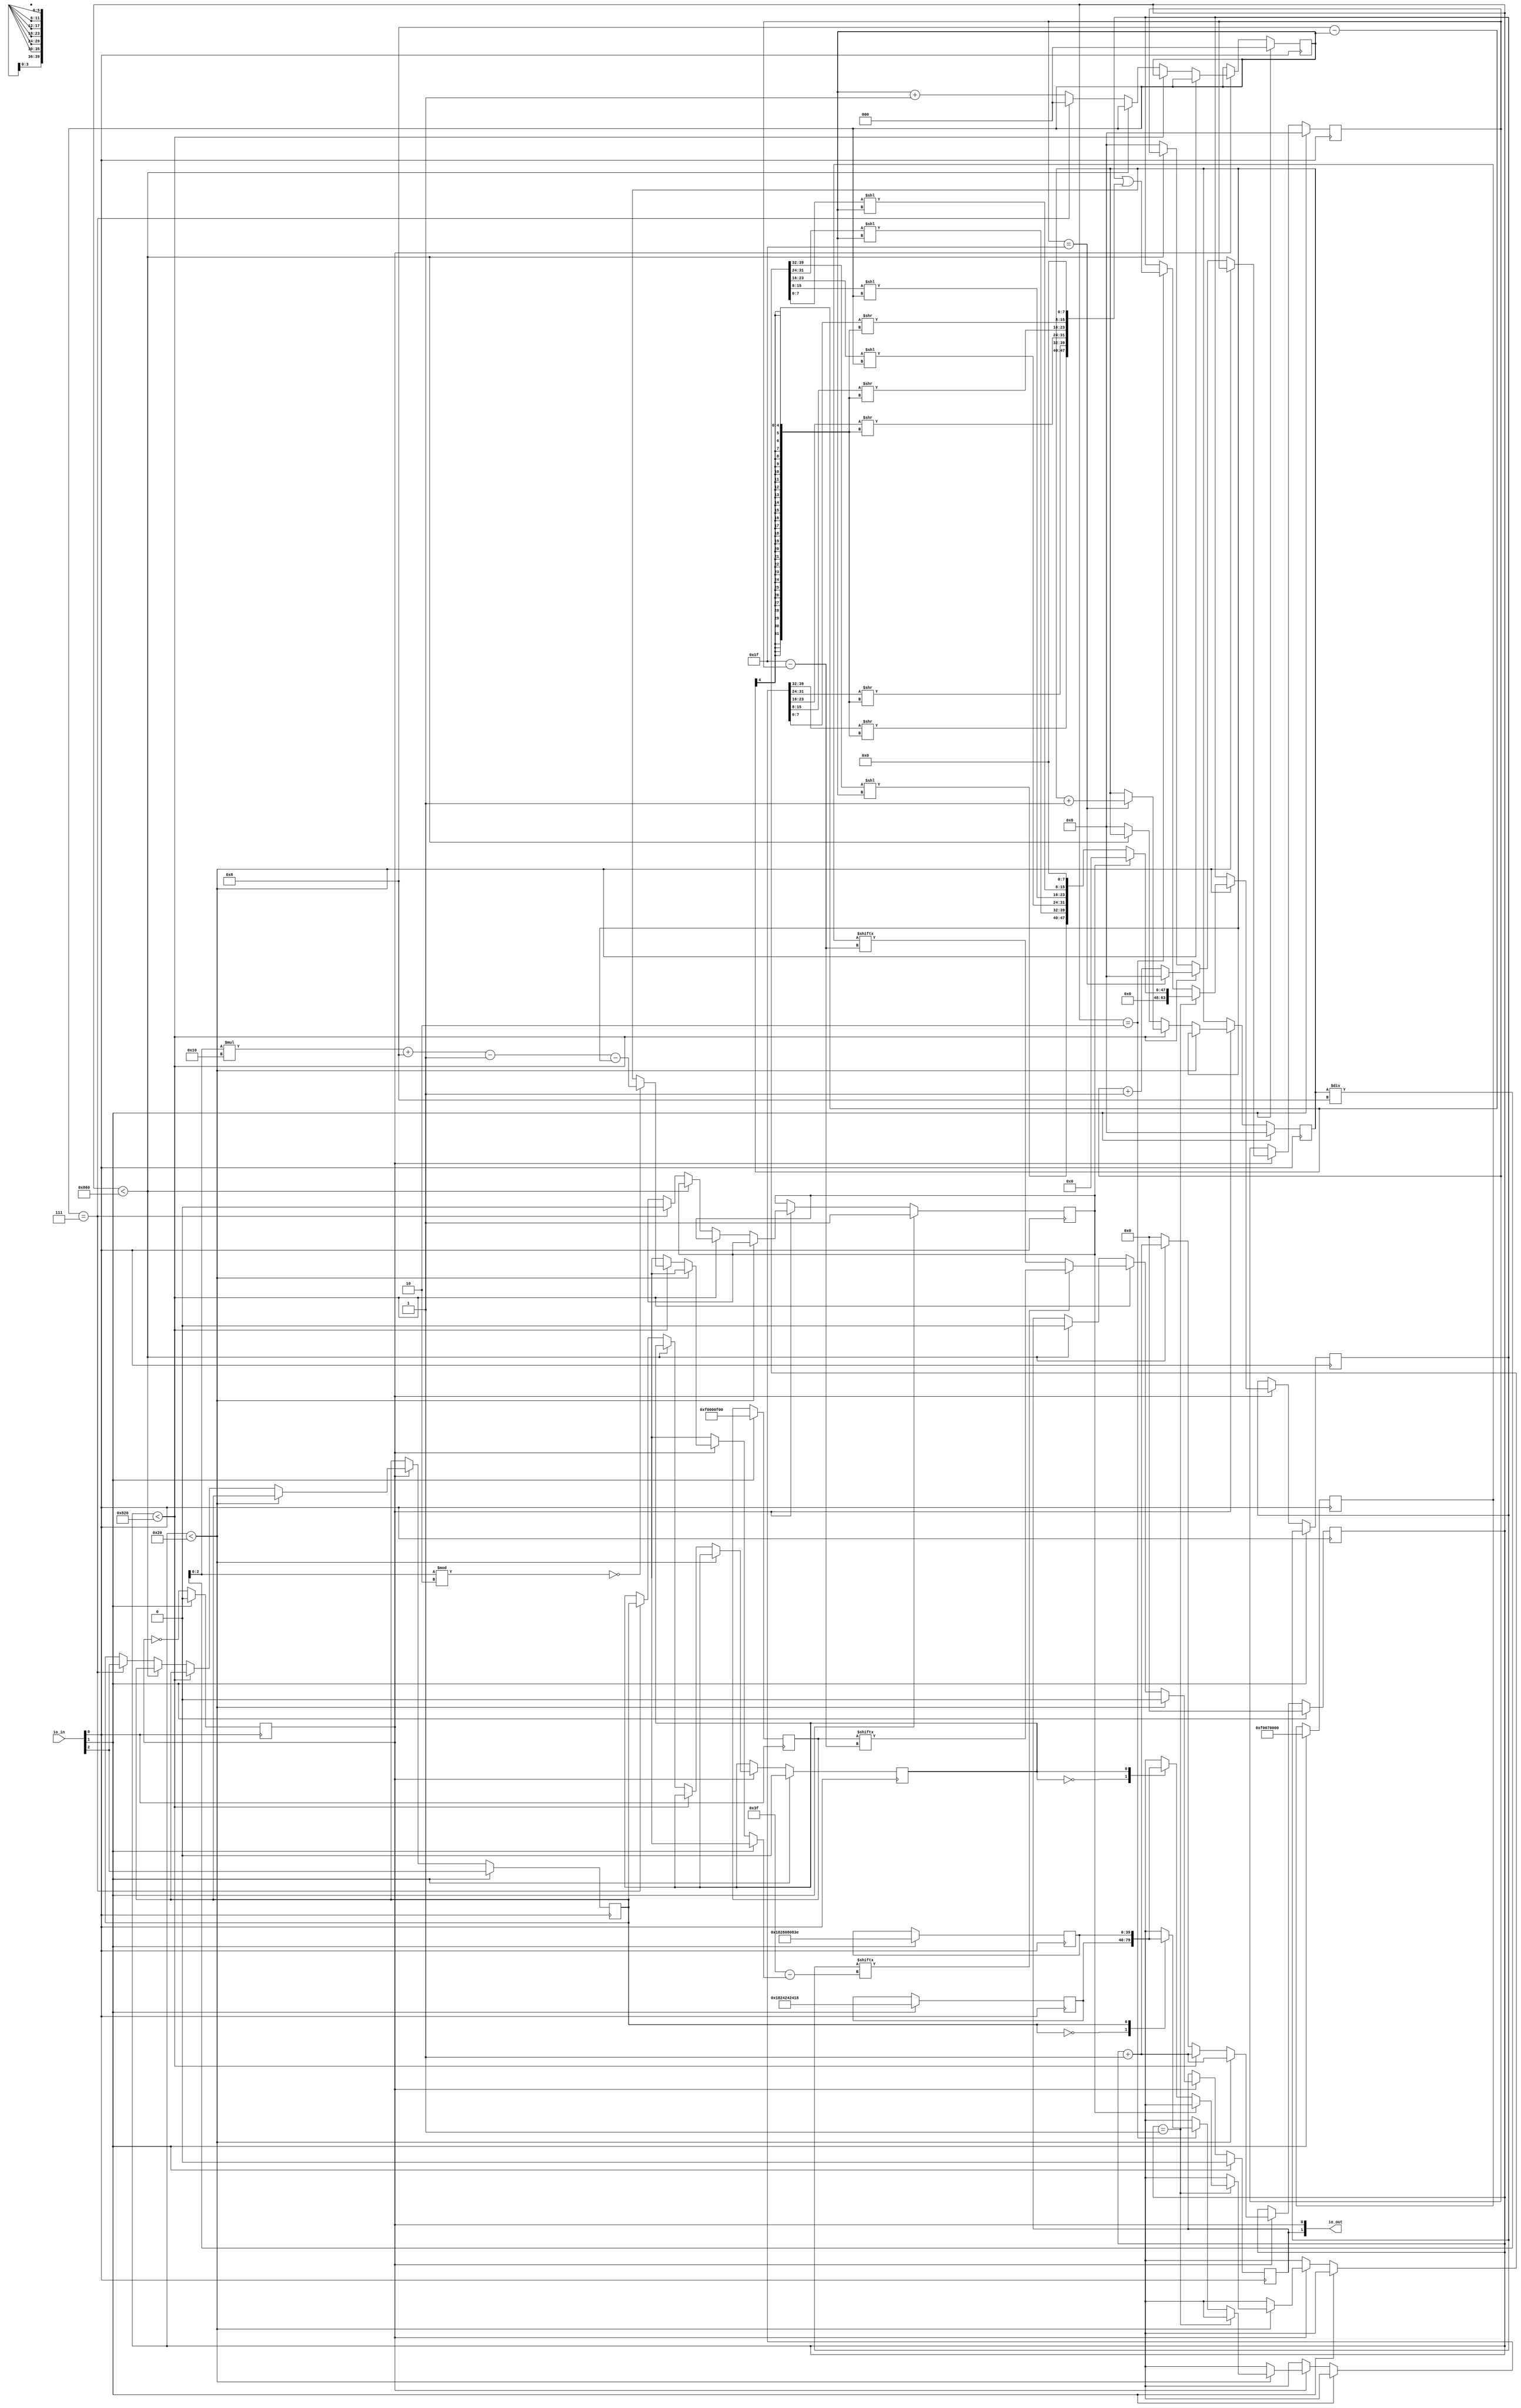
`default_nettype none

module chrisruk_matrix #( parameter MAX_COUNT = 1000 ) (
  input [7:0] io_in,
  output [7:0] io_out
);
    wire clk = io_in[0];        // Input clock line
    wire reset = io_in[1];      // Input reset line
    wire digit1 = io_in[2];     // Digit to display

    reg [0:0] digit1_cache;     // Cache of first digit
    reg [0:0] digit2_cache;     // Cache of second digit

    reg [0:0] clock_1;          // Clock output
    reg [0:0] strip_1;          // Data output
    reg [0:0] first;            // Whether this is first digit displayed, if so display 'blank' character

    assign io_out[0] = clock_1; // Clock output for LED matrix
    assign io_out[1] = strip_1; // Data output for LED matrix

    reg [0:40-1] fonts [0:2-1]; // Font array
    reg [11:0] counter1;        // Count where we are in bit pattern
    reg [2:0] shift;            // Amount to left shift character

    reg [3-1:0] rowno;          // Row number in 8x8 matrix
    reg [6-1:0] idx;            // Bit index within colour register
    reg [6-1:0] pidx;           // Bit index within character, we apply processing on top of this
                                // value to create the bitidx value

    reg [6-1:0] bitidx;         // Index of bit we are within of character
    reg [0:32-1] ledreg1;       // Colour 1
    reg [0:32-1] ledreg2;       // Colour 2
    reg [0:64-1] display;       // Display buffer

`ifdef FPGA
    // Generate 6kHz clock from input 12MHz clock
    reg [0:0] clk2;
    integer counter;
    reg [0:0] resetflag;

    initial begin
        first <= 1;              // For FPGA for some reason need to have this here too, otherwise we get duplicate first value
        clk2 <= 0;
        counter <= 0;
        resetflag  <= 1;         // Reset flag, only used by FPGA
    end

    always @(posedge clk) begin
        if (counter == 2000) begin // Create 6kHz clock
            clk2 <= ~clk2;
            counter <= 0;
        end else begin
            counter <= counter + 1;
        end
    end

    always @(posedge clk2) begin
        if (reset || resetflag) begin
            resetflag <= 0;
`else
    always @(posedge clk) begin
        if (reset) begin
`endif
            // Setup variables
            shift <= 0;
            counter1 <= 0;
            idx <= 0;
            bitidx <= 0;
            pidx <= 0;
            strip_1 <= 0;
            clock_1 <= 0;
            ledreg1 <= 32'hf0000f00;        // Number colour
            ledreg2 <= 32'hf0070000;        // Background colour
            fonts[0] <= 40'h18_24_24_24_18; // 0
            fonts[1] <= 40'h18_28_08_08_3e; // 1
            digit1_cache <= 0;
            digit2_cache <= digit1;
            first <= 1;
        end else begin
            clock_1 <= ~clock_1 ;
            if (clock_1 == 1) begin
                if (counter1 < 32) begin
                    strip_1 <= 0;
                    if(counter1 == 1) begin
                        // Provided we're not displaying first digit in scrolling marquee pattern, display digit
                        // and shift each time
                        if(!first) begin
                            display <= {16'b0,
                                    fonts[digit1_cache][32:39] << shift,
                                    fonts[digit1_cache][24:31] << shift,
                                    fonts[digit1_cache][16:23] << shift,
                                    fonts[digit1_cache][8:15]  << shift,
                                    fonts[digit1_cache][0:7]   << shift,
                                    8'b0};
                        end else begin
                            display <= 0;
                        end
                    end else if(counter1 == 2) begin
                        // Display part of next digit too
                        display <= display | {16'b0,
                                            fonts[digit2_cache][32:39] >> 8 - shift,
                                            fonts[digit2_cache][24:31] >> 8 - shift,
                                            fonts[digit2_cache][16:23] >> 8 - shift,
                                            fonts[digit2_cache][8:15]  >> 8 - shift,
                                            fonts[digit2_cache][0:7]   >> 8 - shift,
                                            8'b0};
                    end

                    counter1 <= counter1 + 1;
                end else if (counter1 < 32 + (32 * (8*8))) begin
                    rowno = pidx / 8;
                    // Flip bit order if even row, as matrix of LEDs
                    // is in a 'snake' like pattern
                    if(rowno % 2 == 0) begin
                        bitidx = ((rowno * 16) + 8) - 1 - pidx;
                    end else begin
                        bitidx = pidx;
                    end

                    // Extract bit from display buffer
                    if (display[bitidx] == 1) begin
                        strip_1 <= ledreg1[idx];
                    end else begin
                        strip_1 <= ledreg2[idx];
                    end

                    if (idx == 31) begin
                        idx <= 0;
                        pidx <= pidx + 1;
                    end else begin
                        idx <= idx + 1;
                    end
                    counter1 <= counter1 + 1;
                end else if (counter1 < 32 + (32 * (8*8)) + 32 + 32) begin
                    // Need zeros at end of pattern
                    strip_1 <= 0;
                    counter1 <= counter1 + 1;
                end else begin
                    counter1 <= 0;
                    pidx <= 0;
                    idx <= 0;
                    if (shift == 7) begin
                        digit1_cache <= digit2_cache;
                        digit2_cache <= digit1;       // Grab next digit to be displayed from input pin
                        shift <= 0;
                        first <= 0;
                    end else begin
                        // Need to wrap back to first letter
                        shift <= shift + 1;
                    end
                end
            end
        end
    end
endmodule